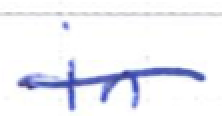
Text: in
Cross-out: single-line
Writing tool: ballpoint